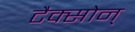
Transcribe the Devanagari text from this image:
टैक्सोन्